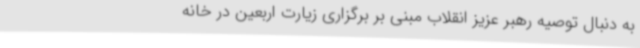
به دنبال توصیه رهبر عزیز انقلاب مبنی بر برگزاری زیارت اربعین در خانه